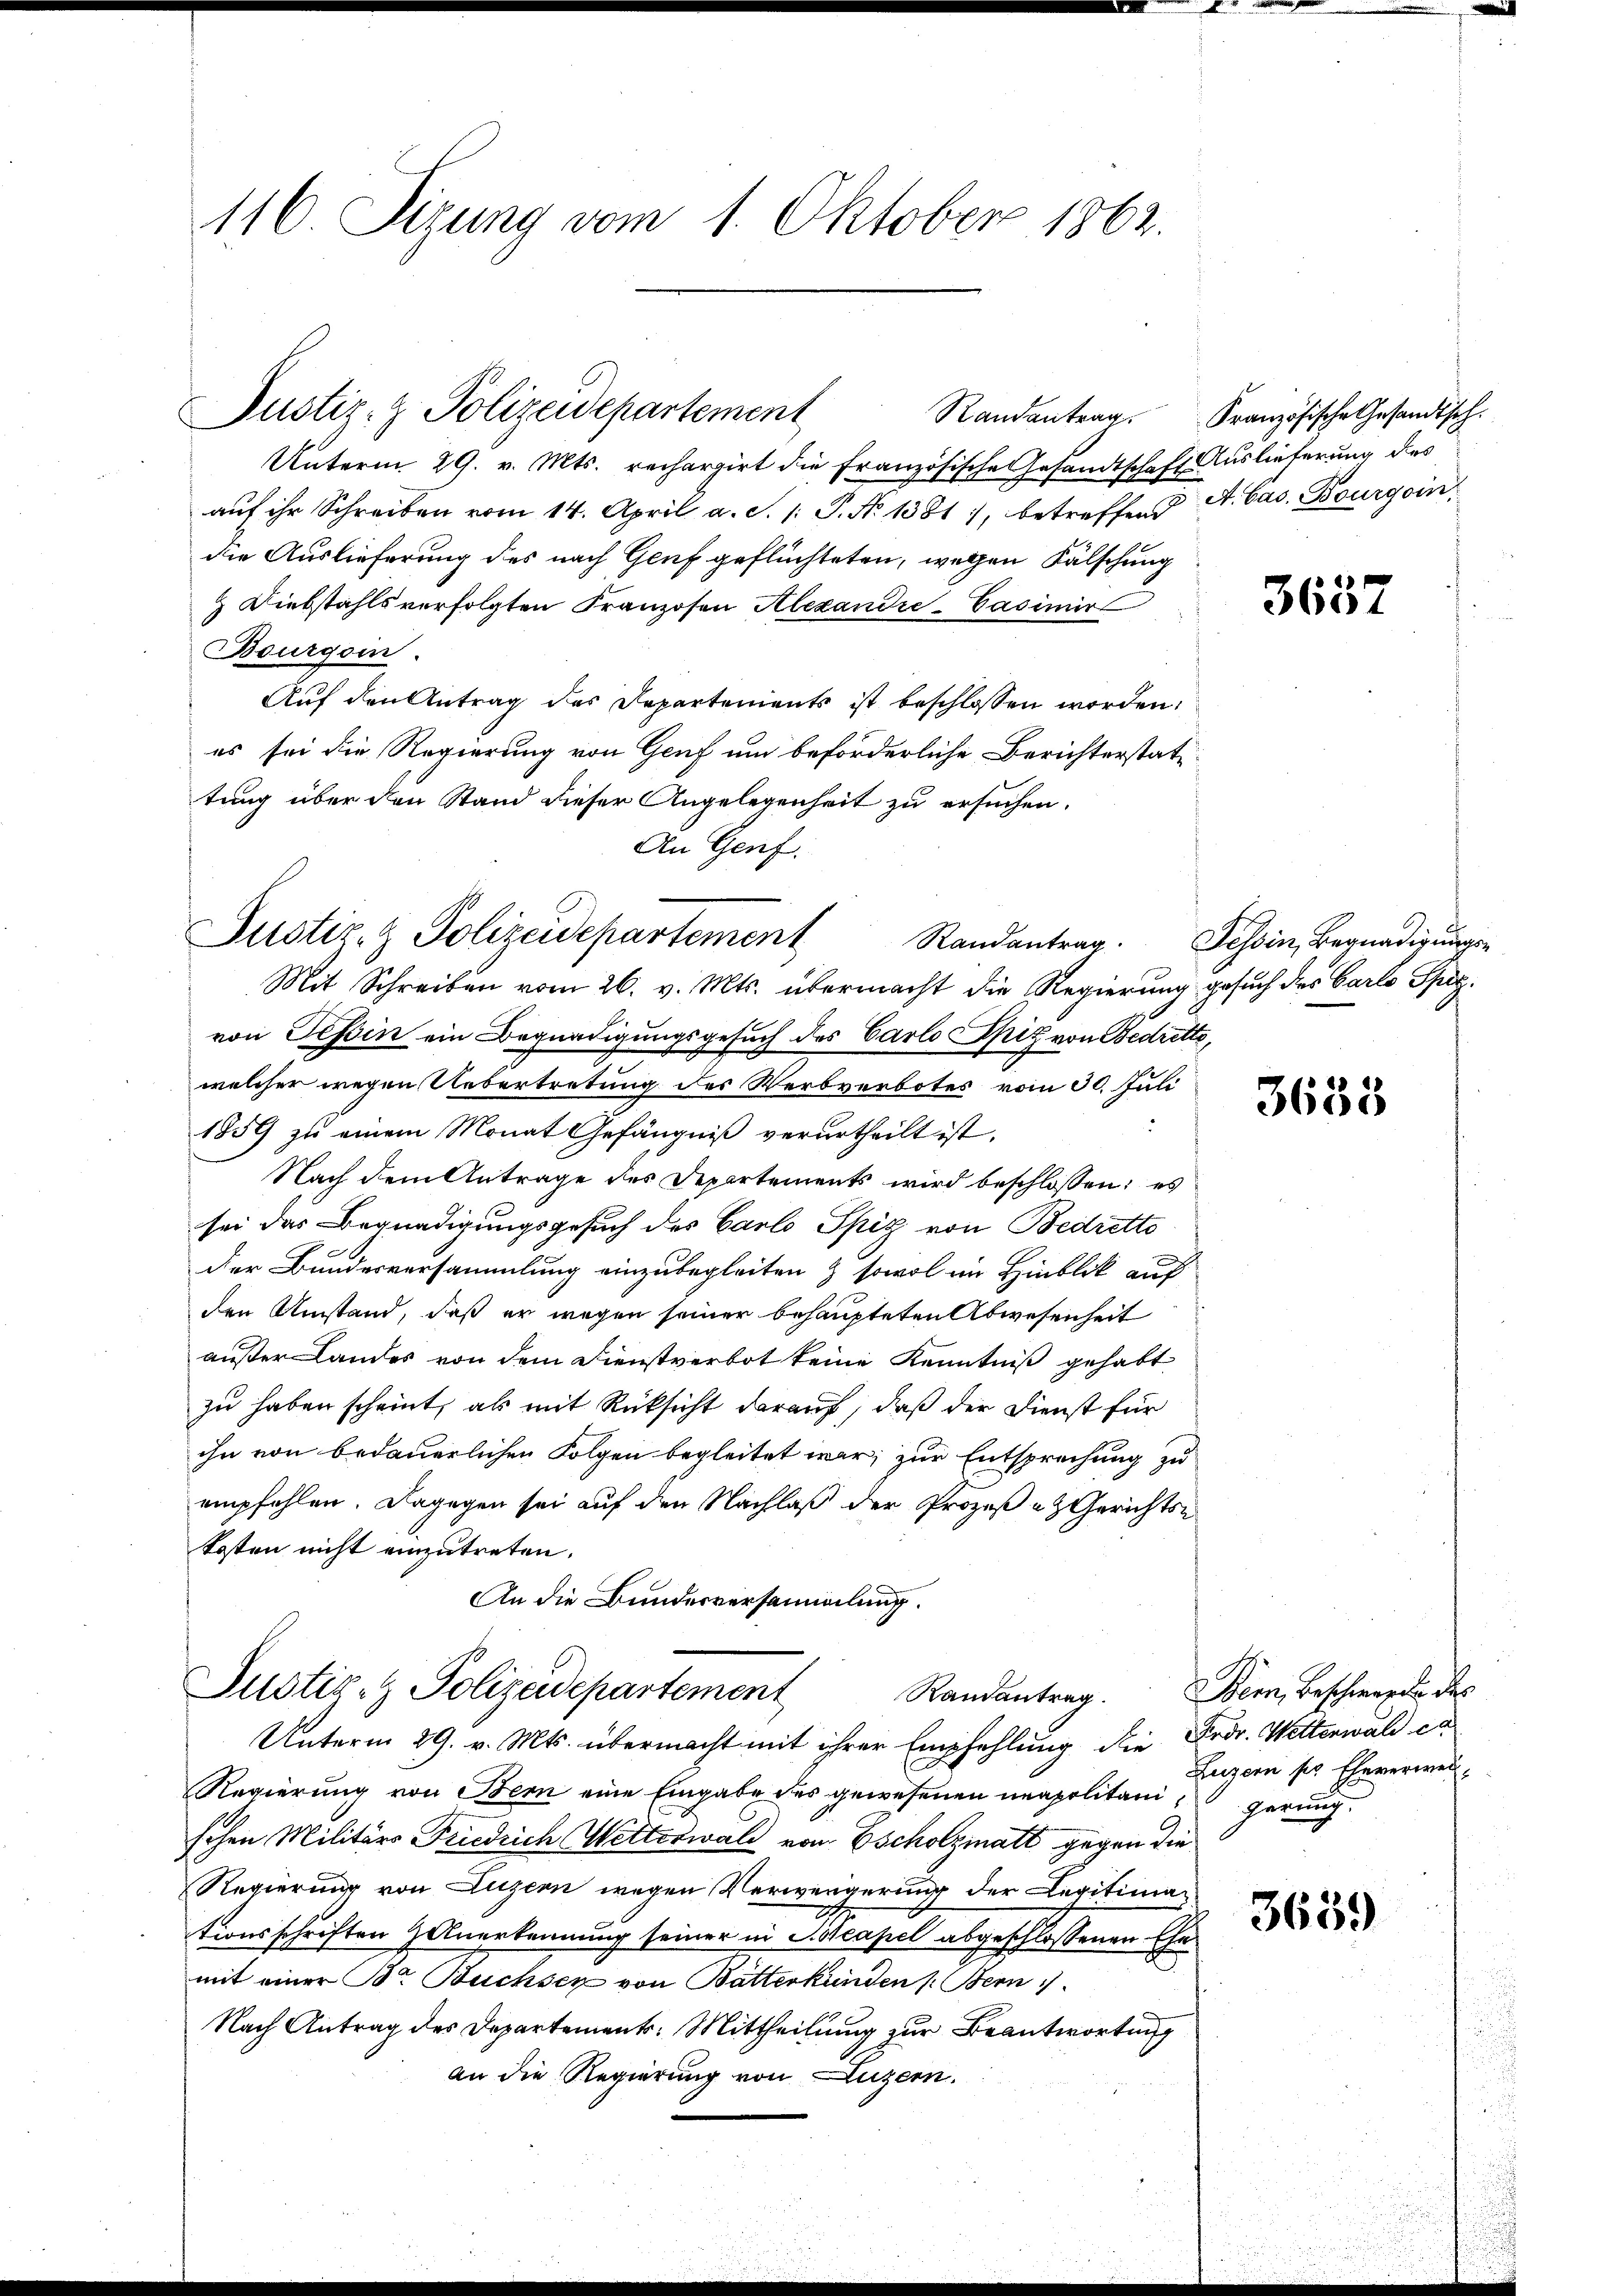
116. Sizung vom 1. Oktober 1862.

Justiz- & Polizeidepartement

Unterm 29. v. Mts. rechargirt die Französische Gesandtschaft Auslieferung des
aŭf ihr Schreiben vom 14. April a. S. 1: P. No 1381), betreffend A. Cas. Bourgoin
die Auslieferung des nach Genf geflüchteten, wegen Fälschung
& Diebstahls verfolgten Franzosen Alexandre-Casimir
Bourgoin.
Auf den Antrag des Departements ist beschlossen worden,
es sei die Regierung von Genf um beförderliche Berichterstatttung über den Stand dieser Angelegenheit zu ersuchen.
Mit Schreiben vom 26. v. Mts. übermacht die Regierung gesuch des Carlo Spizvon Tessin ein Begnadigungsgesuch des Carlo Spiz von Bedretts,
welcher wegen Uebertretung des Werbverbotes vom 30. Juli
1859 zu einem Monat Gefängniß verurtheilt ist.
Nach dem Antrage des Departements wird beschlossen; es
sei das Begnadigungsgesuch des Carlo Spiz von Bedrette
Der Bundesversammlung einzubegleiten & sowol im Hinblick auf
den Umstand, daß er wegen seiner behaupteten Abwesenheit
außer Landes von dem Dienstverbot keine Kenntniß gehabt
zu haben scheint, als mit Rücksicht darauf, daß der Dienst für
ihn von bedauerlichen Folgen begleitet war, zur Entsprechung zu
empfehlen. Dagegen sei auf den Nachlaß der Prozeß- & Gerichts-
kosten nicht einzutreten.
An die Bundesversammlung.

An Genf.
Justiz- & Polizeidepartement Randantrag. Tessin, Begnadigungs¬

Justiz- & Polizeidepartement
Unterm 29. v. Mts. übermacht mit ihrer Empfehlung die Fedr. Wetterwald ca

Randantrag. Französische Gesandtsch.

Randantrag. Bern, Beschwerden des

s
Regierung von Bern eine Eingabe des gewesenen neapolitanisehen Militärs Friedrich Wetterwald von Escholzmatt gegen die
Regierung von Luzern wegen Verwengerung der Legitimationsschriften & Anerkennung seiner in Kistcapel abgeschlossenen Ehe
mit einer Br Buchsen von Bätterkunden Stern
Nach Antrag des Departement: Mittheilung zur Beantwortung
an die Regierung von Luzern.

3637

3685

Luzern ses Eheverweis,
gerung.
3639